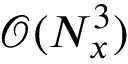
\mathcal { O } ( N _ { x } ^ { 3 } )